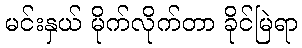
မင်းနှယ် မိုက်လိုက်တာ ခိုင်မြဲရာ